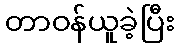
တာဝန်ယူခဲ့ပြီး